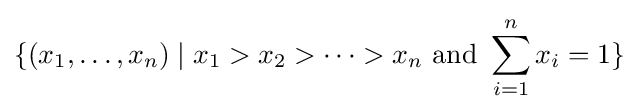
\{(x_{1},\dots ,x_{n})\mid x_{1}>x_{2}>\dots >x_{n}{\text{ and }}\sum _{i=1}^{n}x_{i}=1\}